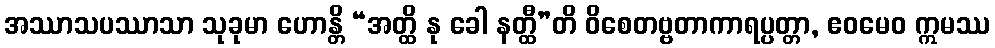
အဿာသပဿာသာ သုခုမာ ဟောန္တိ “အတ္ထိ နု ခေါ နတ္ထီ”တိ ဝိစေတဗ္ဗတာကာရပ္ပတ္တာ, ဧဝမေဝ ဣမဿ